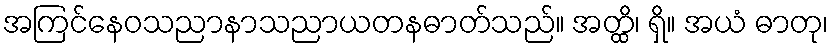
အကြင်နေဝသညာနာသညာယတနဓာတ်သည်။ အတ္ထိ၊ ရှိ။ အယံ ဓာတု၊